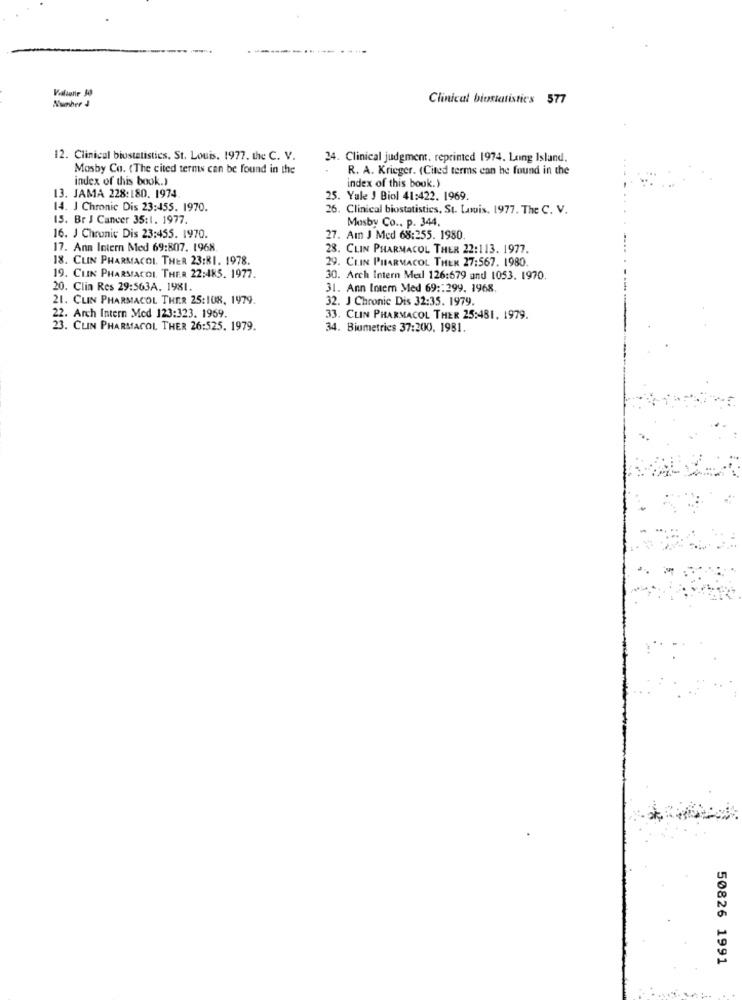
Number 1
Clinical biostatistics 577
12. Clinical biostatistics, St. Louis, 1977. the C. V.
34. Clinical judgment, reprinted 1974. Long Island.
Mosby Co. (The cited terms can be found in the
R. A. Krieger. (Cited terms can be found in the
index of this book.)
index of this book.)
13. JAMA 228:180. 1974
25. Yule J Biol 41:422. 1969.
14. J Chronic Dis 23:455. 1970.
26. Clinical biostatistics, St. Louis, 1977. The C. V.
15. Br J Cancer 35:1. 1977.
Mosby Co ., p. 344.
16. J Chronic Dis 23:455. 1970.
27. Am J Med 68:255. 1980
17. Ann Intern Med 69:807. 1968.
28. CLIN PHARMACOL THER 22:113. 1977.
18. CLIN PHARMACOL. THER 23:81. 1978.
29. CLIN PHARMACOL THER 27:567. 1980.
19. CLIN PHARMACOL THER 22:485. 1977.
30. Arch Intern Merl 126:579 and 1053. 1970.
20. Clin Res 29:563A. 1981.
31. Ann Imem Med 69 :: 299. 1968.
21. CLIN PHARMACOL THER 25:108, 1979.
32. J Chronic Dis 32:35. 1979.
22. Arch Intern Med 123:323. 1969.
33. CLIN PHARMACOL THER 25:481, 1979.
23. CLIN PHARMACOL THER 26:525. 1979.
34. Biometrics 37:200. 1981.
50826 1991